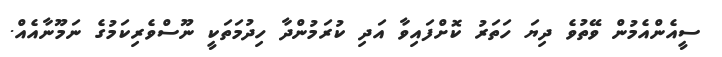
ސީއެންއެމުން ވޭތުވެ ދިޔަ ހަތަރު ކޮށްފައިވާ އަދި ކުރަމުންދާ ހިދުމަތަކީ ނޫސްވެރިކަމުގެ ނަމޫނާއެއް.